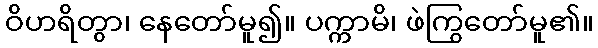
ဝိဟရိတွာ၊ နေတော်မူ၍။ ပက္ကာမိ၊ ဖဲကြွတော်မူ၏။